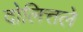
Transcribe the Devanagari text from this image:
दोलित्तले